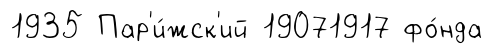
1935 Пар'и́жск'ий 19071917 фо́нда